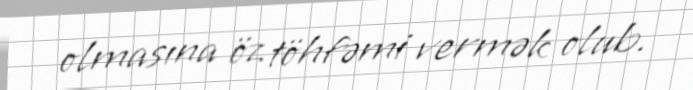
olmasına öz töhfəmi vermək olub.